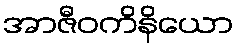
အာဇီဝကိနိယော